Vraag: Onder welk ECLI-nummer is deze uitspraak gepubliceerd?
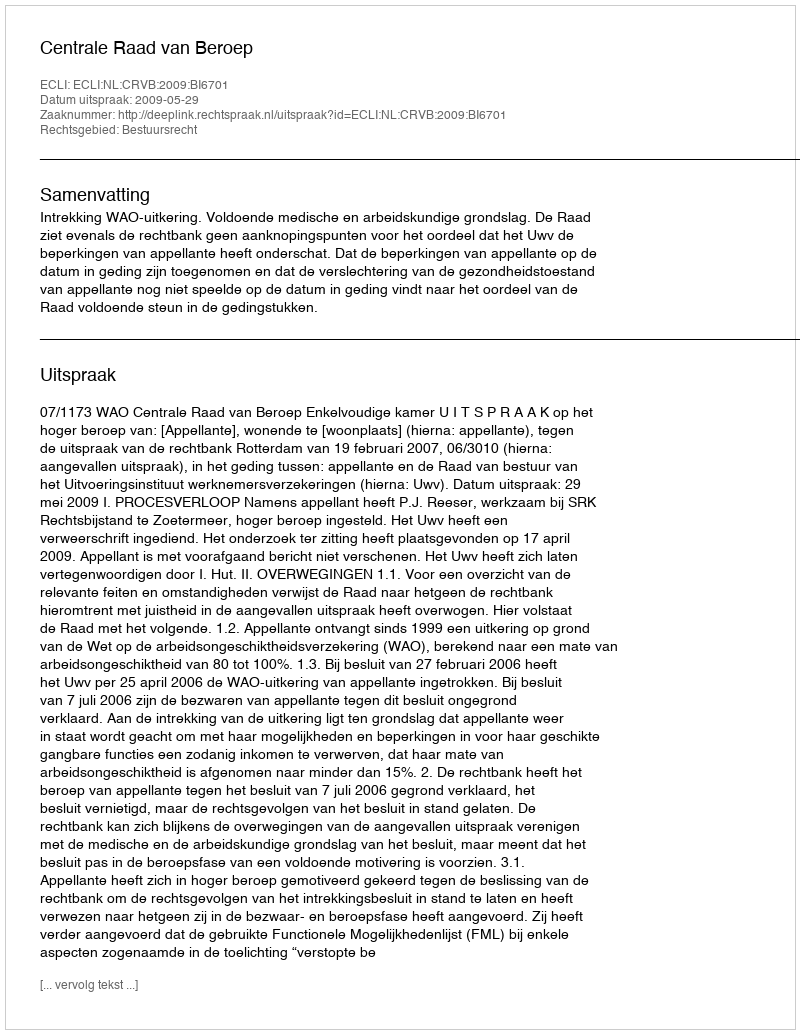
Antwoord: ECLI:NL:CRVB:2009:BI6701